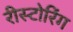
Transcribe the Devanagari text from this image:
रीस्टोरिंग